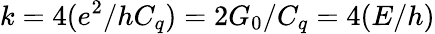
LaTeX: k=4(e^{2}/hC_{q})=2G_{0}/C_{q}=4(E/h)